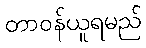
တာဝန်ယူရမည်